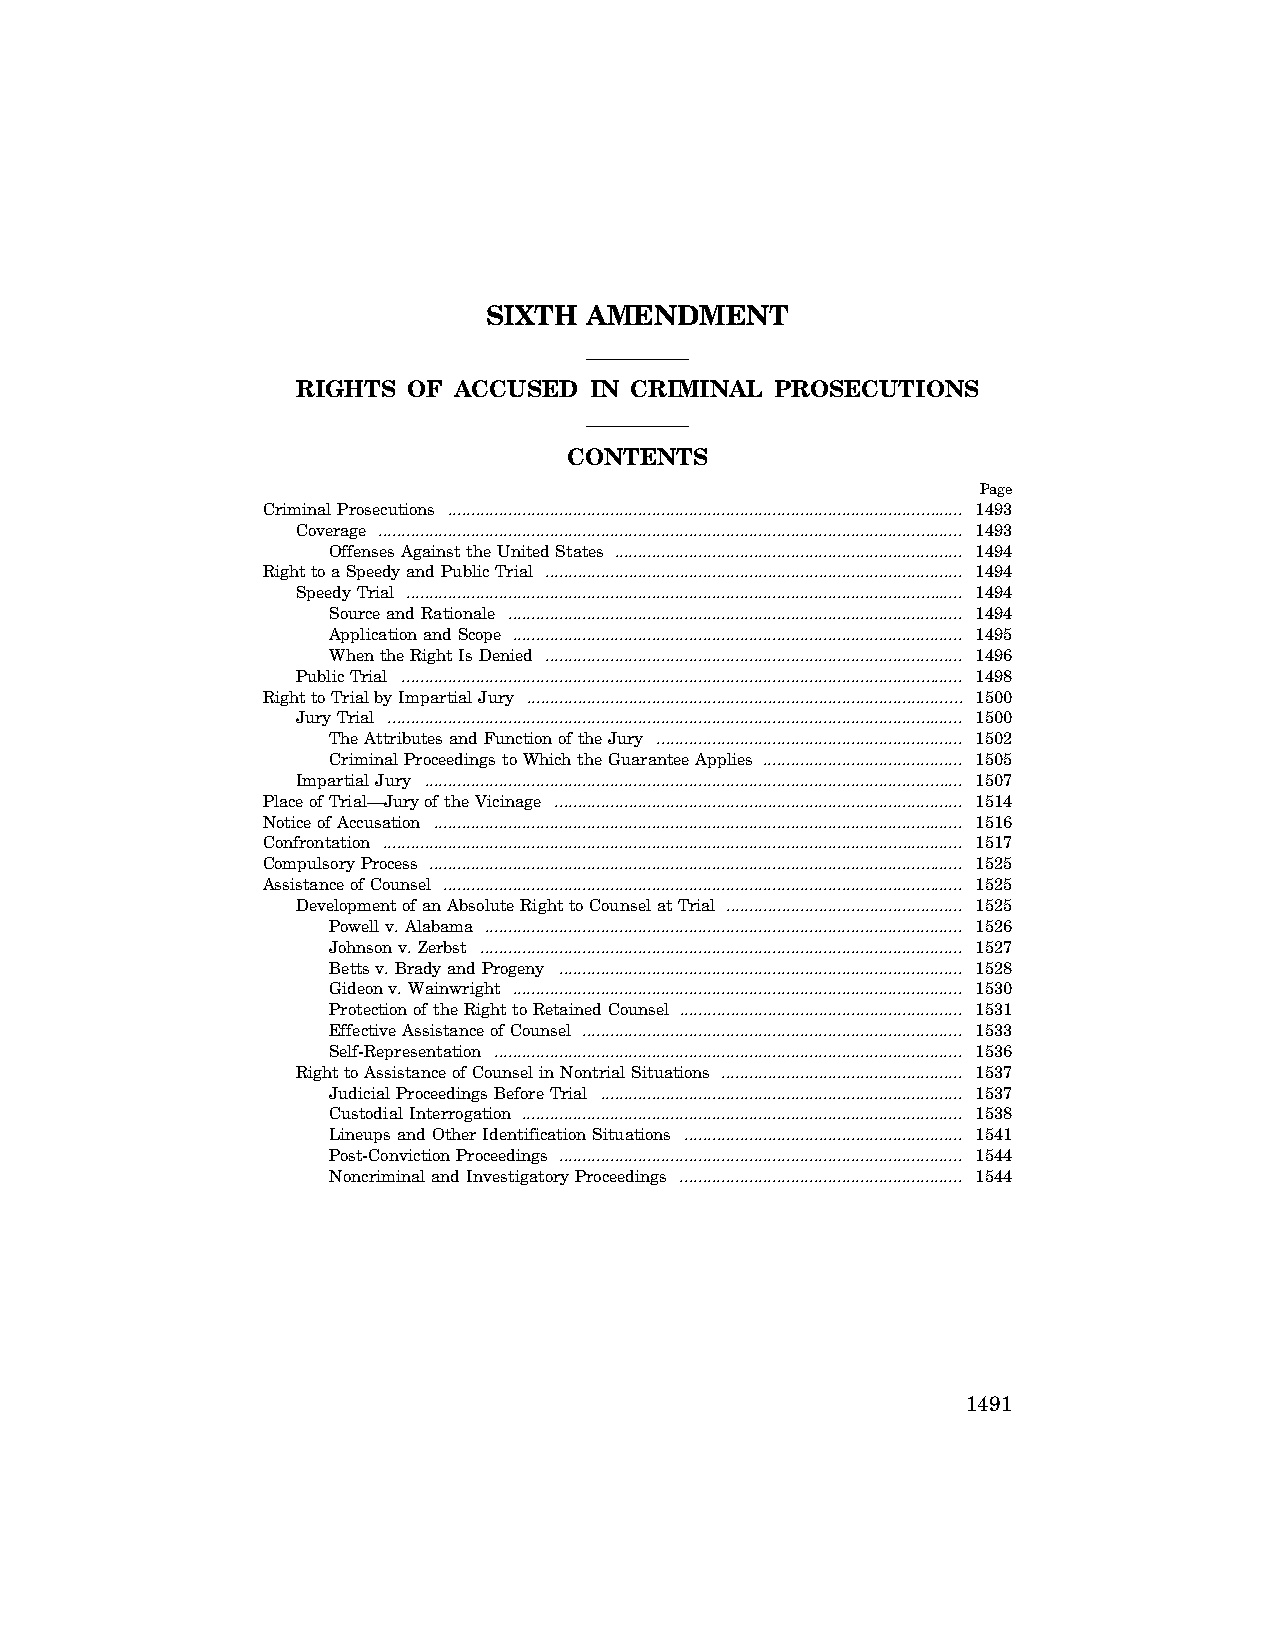
SIXTH  AMENDMENT
 RIGHTS OF ACCUSED  IN CRIMINAL PROSECUTIONS
 CONTENTS
 Page
 Criminal Prosecutions ............................................................................................................... 1493
 Coverage .............................................................................................................................. 1493
 Offenses Against the United States ........................................................................... 1494
 Right to a Speedy and Public Trial .......................................................................................... 1494
 Speedy Trial ........................................................................................................................ 1494
 Source and Rationale .................................................................................................. 1494
 Application and Scope ................................................................................................. 1495
 When the Right Is Denied .......................................................................................... 1496
 Public Trial ......................................................................................................................... 1498
 Right to Trial by Impartial Jury .............................................................................................. 1500
 Jury Trial ............................................................................................................................ 1500
 The Attributes and Function of the Jury .................................................................. 1502
 Criminal Proceedings to Which the Guarantee Applies ........................................... 1505
 Impartial Jury .................................................................................................................... 1507
 Place of Trial—Jury of the Vicinage ........................................................................................ 1514
 Notice of Accusation .................................................................................................................. 1516
 Confrontation ............................................................................................................................. 1517
 Compulsory Process ................................................................................................................... 1525
 Assistance of Counsel ................................................................................................................ 1525
 Development of an Absolute Right to Counsel at Trial ................................................... 1525
 Powell v. Alabama ....................................................................................................... 1526
 Johnson v. Zerbst ........................................................................................................ 1527
 Betts v. Brady and Progeny ....................................................................................... 1528
 Gideon v. Wainwright ................................................................................................. 1530
 Protection of the Right to Retained Counsel ............................................................. 1531
 Effective Assistance of Counsel .................................................................................. 1533
 Self-Representation ..................................................................................................... 1536
 Right to Assistance of Counsel in Nontrial Situations .................................................... 1537
 Judicial Proceedings Before Trial .............................................................................. 1537
 Custodial Interrogation ............................................................................................... 1538
 Lineups and Other Identification Situations ............................................................ 1541
 Post-Conviction Proceedings ....................................................................................... 1544
 Noncriminal and Investigatory Proceedings ............................................................. 1544
 1491
 VerDate Apr 15 2004 08:01 May 10, 2004 Jkt 077500 PO 00000 Frm 00001 Fmt 8221 Sfmt 8221 C:\CONAN\CON031.XXX PRFM99 PsN: CON031